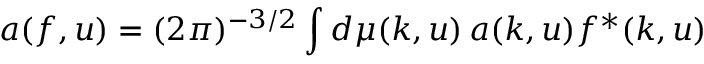
a ( f , u ) = ( 2 \pi ) ^ { - 3 / 2 } \int d \mu ( k , u ) \, a ( k , u ) f ^ { * } ( k , u )